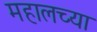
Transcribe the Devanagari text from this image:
महालच्या